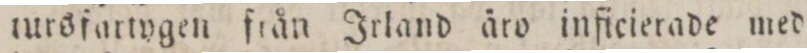
tursfartygen från Irland äro inficierade med